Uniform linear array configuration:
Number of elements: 48
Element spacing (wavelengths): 0.5
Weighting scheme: hann
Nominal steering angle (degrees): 60
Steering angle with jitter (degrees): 58.164
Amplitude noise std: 0.05
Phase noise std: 0.05

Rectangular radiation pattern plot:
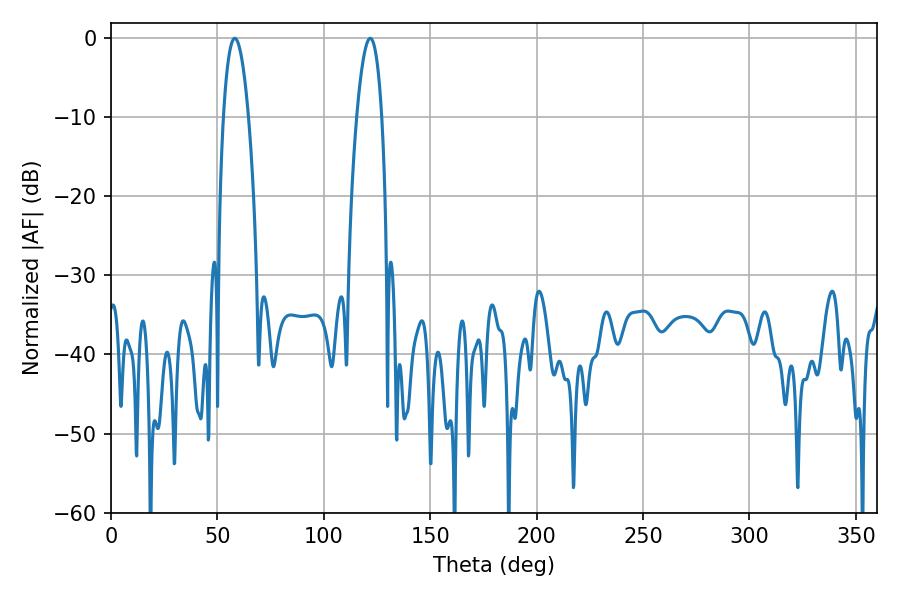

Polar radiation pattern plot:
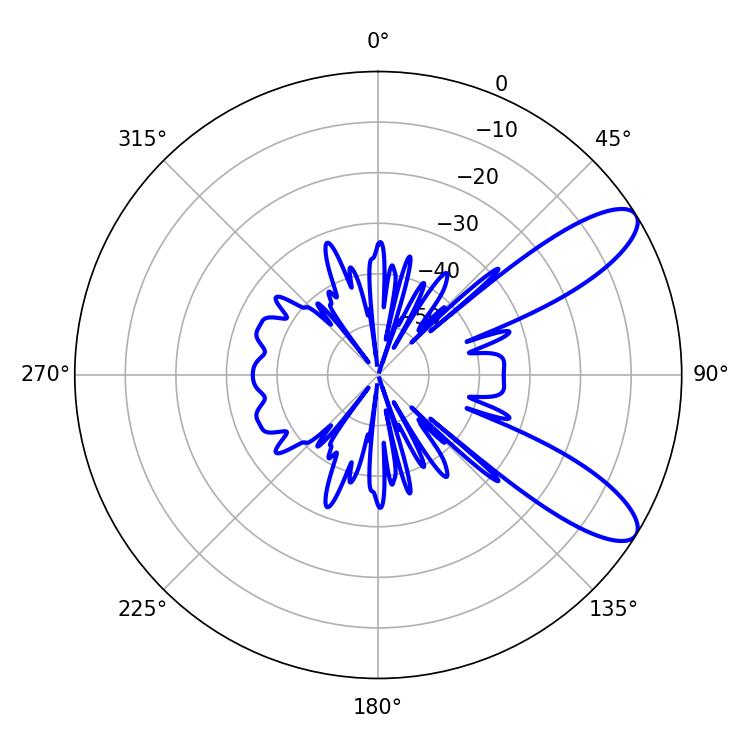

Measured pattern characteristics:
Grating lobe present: FALSE
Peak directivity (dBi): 9.829
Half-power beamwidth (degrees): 6.48
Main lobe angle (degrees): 58.14